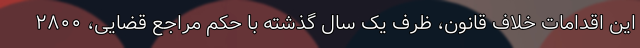
این اقدامات خلاف قانون، ظرف یک سال گذشته با حکم مراجع قضایی، ۲۸۰۰